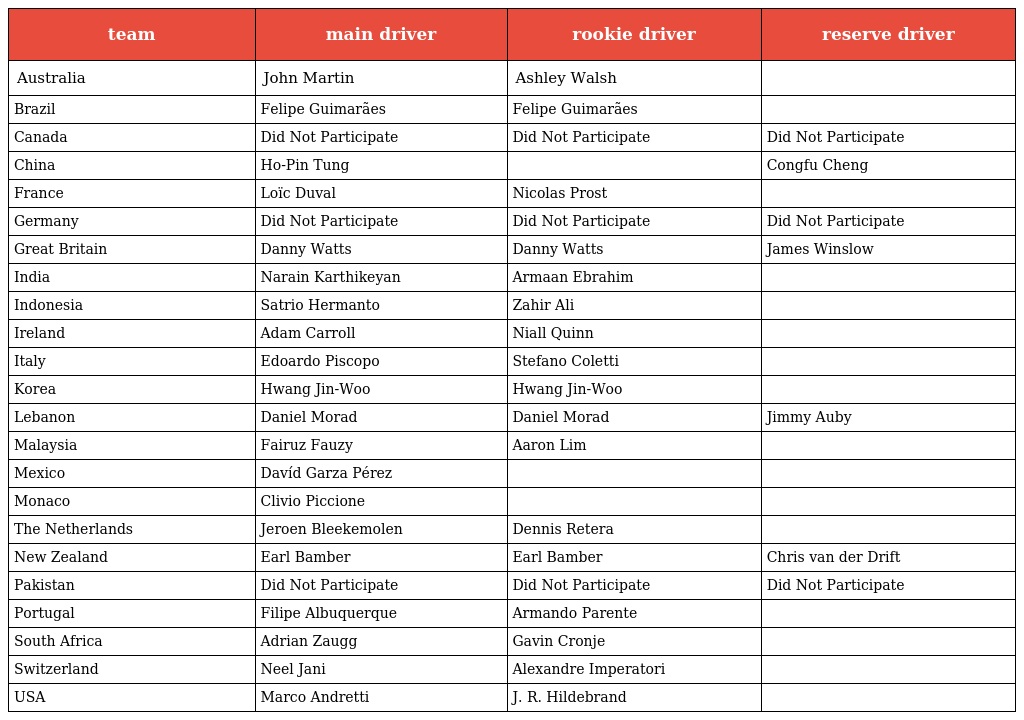
| team | main driver | rookie driver | reserve driver |
 | --- | --- | --- | --- |
 | Australia | John Martin | Ashley Walsh |  |
 | Brazil | Felipe Guimarães | Felipe Guimarães |  |
 | Canada | Did Not Participate | Did Not Participate | Did Not Participate |
 | China | Ho-Pin Tung |  | Congfu Cheng |
 | France | Loïc Duval | Nicolas Prost |  |
 | Germany | Did Not Participate | Did Not Participate | Did Not Participate |
 | Great Britain | Danny Watts | Danny Watts | James Winslow |
 | India | Narain Karthikeyan | Armaan Ebrahim |  |
 | Indonesia | Satrio Hermanto | Zahir Ali |  |
 | Ireland | Adam Carroll | Niall Quinn |  |
 | Italy | Edoardo Piscopo | Stefano Coletti |  |
 | Korea | Hwang Jin-Woo | Hwang Jin-Woo |  |
 | Lebanon | Daniel Morad | Daniel Morad | Jimmy Auby |
 | Malaysia | Fairuz Fauzy | Aaron Lim |  |
 | Mexico | Davíd Garza Pérez |  |  |
 | Monaco | Clivio Piccione |  |  |
 | The Netherlands | Jeroen Bleekemolen | Dennis Retera |  |
 | New Zealand | Earl Bamber | Earl Bamber | Chris van der Drift |
 | Pakistan | Did Not Participate | Did Not Participate | Did Not Participate |
 | Portugal | Filipe Albuquerque | Armando Parente |  |
 | South Africa | Adrian Zaugg | Gavin Cronje |  |
 | Switzerland | Neel Jani | Alexandre Imperatori |  |
 | USA | Marco Andretti | J. R. Hildebrand |  |